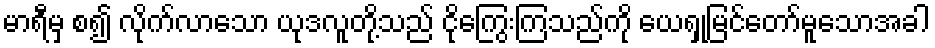
မာရီမှ စ၍ လိုက်လာသော ယုဒလူတို့သည် ငိုကြွေးကြသည်ကို ယေရှုမြင်တော်မူသောအခါ